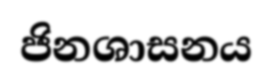
ජිනශාසනය